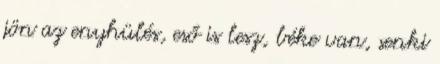
jön az enyhülés, eső is lesz, béke van, senki